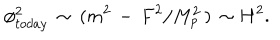
\phi _ { t o d a y } ^ { 2 } \, \sim \, ( m ^ { 2 } \, - \, F ^ { 2 } / M _ { p } ^ { 2 } \, ) \, \sim H ^ { 2 } .